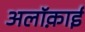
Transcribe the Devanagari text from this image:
अलॉक़ाई